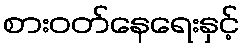
စားဝတ်နေရေးနှင့်